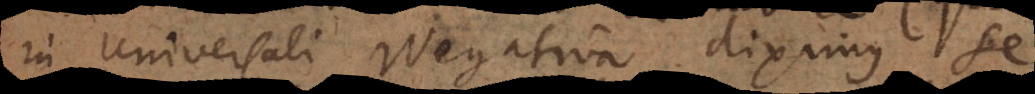
in universali negativa diximus) se